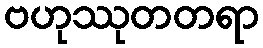
ဗဟုဿုတတရာ